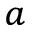
^ a